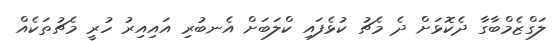
ލަގްޒެމްބާގާ ދެކޮޅަށް ދެ މެޗު ކުޅެފައި ކްލަބަށް އެނބުރި އައިއިރު ހުރީ މެޗުތަކެއް